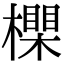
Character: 𣝇